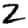
Digit: 2